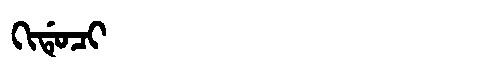
Manchu: ᡴᡳᡩᡠᠴᡳ
Romanization: KIDUCI